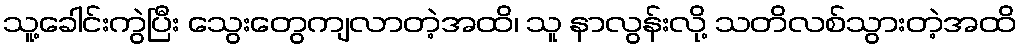
သူ့ခေါင်းကွဲပြီး သွေးတွေကျလာတဲ့အထိ၊ သူ နာလွန်းလို့ သတိလစ်သွားတဲ့အထိ